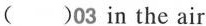
( )03 in the air